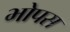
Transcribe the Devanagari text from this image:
भोपस